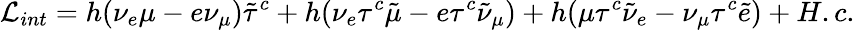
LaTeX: {\cal L}_{int}=h(\nu_{e}\mu-e\nu_{\mu})\tilde{\tau}^{c}+h(\nu_{e}\tau^{c}\tilde{\mu}-e\tau^{c}\tilde{\nu}_{\mu})+h(\mu\tau^{c}\tilde{\nu}_{e}-\nu_{\mu}\tau^{c}\tilde{e})+H.c.